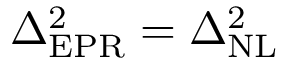
\Delta _ { \mathrm { E P R } } ^ { 2 } = \Delta _ { \mathrm { N L } } ^ { 2 }